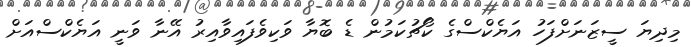
މިދިޔަ ސީޒަނަށްފަހު އަޔެކްސްގެ ކޯޗުކަމުން ޑެ ބޮޔާ ވަކިވެފައިވާއިރު އޭނާ ވަނީ އަޔެކްސްއަށް